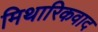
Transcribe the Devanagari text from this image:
मिथारिकवाद